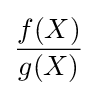
{\frac {f(X)}{g(X)}}